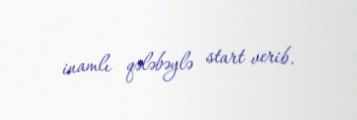
inamlı qələbəylə start verib.